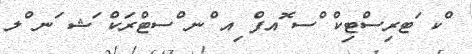
ްކ ަޓރިސްޓިކް ްސ ޮއފް ިއ ްނ ްސޓްރަކް ަޝ ަނ ްލ